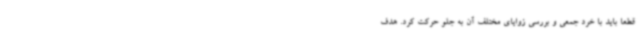
قطعاً باید با خرد جمعی و بررسی زوایای مختلف آن به جلو حرکت کرد. هدف